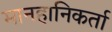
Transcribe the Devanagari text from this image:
मानहानिकर्ता